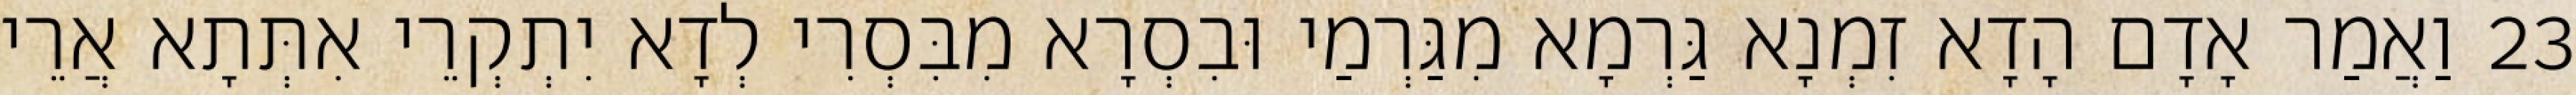
23 וַאֲמַר אָדָם הָדָא זִמְנָא גַּרְמָא מִגַּרְמַי וּבִסְרָא מִבִּסְרִי לְדָא יִתְקְרֵי אִתְּתָא אֲרֵי